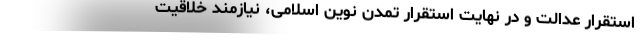
استقرار عدالت و در نهایت استقرار تمدن نوین اسلامی، نیازمند خلاقیت